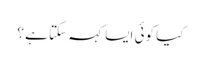
کیا کوئی ایسا کہہ سکتا ہے ؟